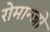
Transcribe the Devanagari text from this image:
रोमान्जो